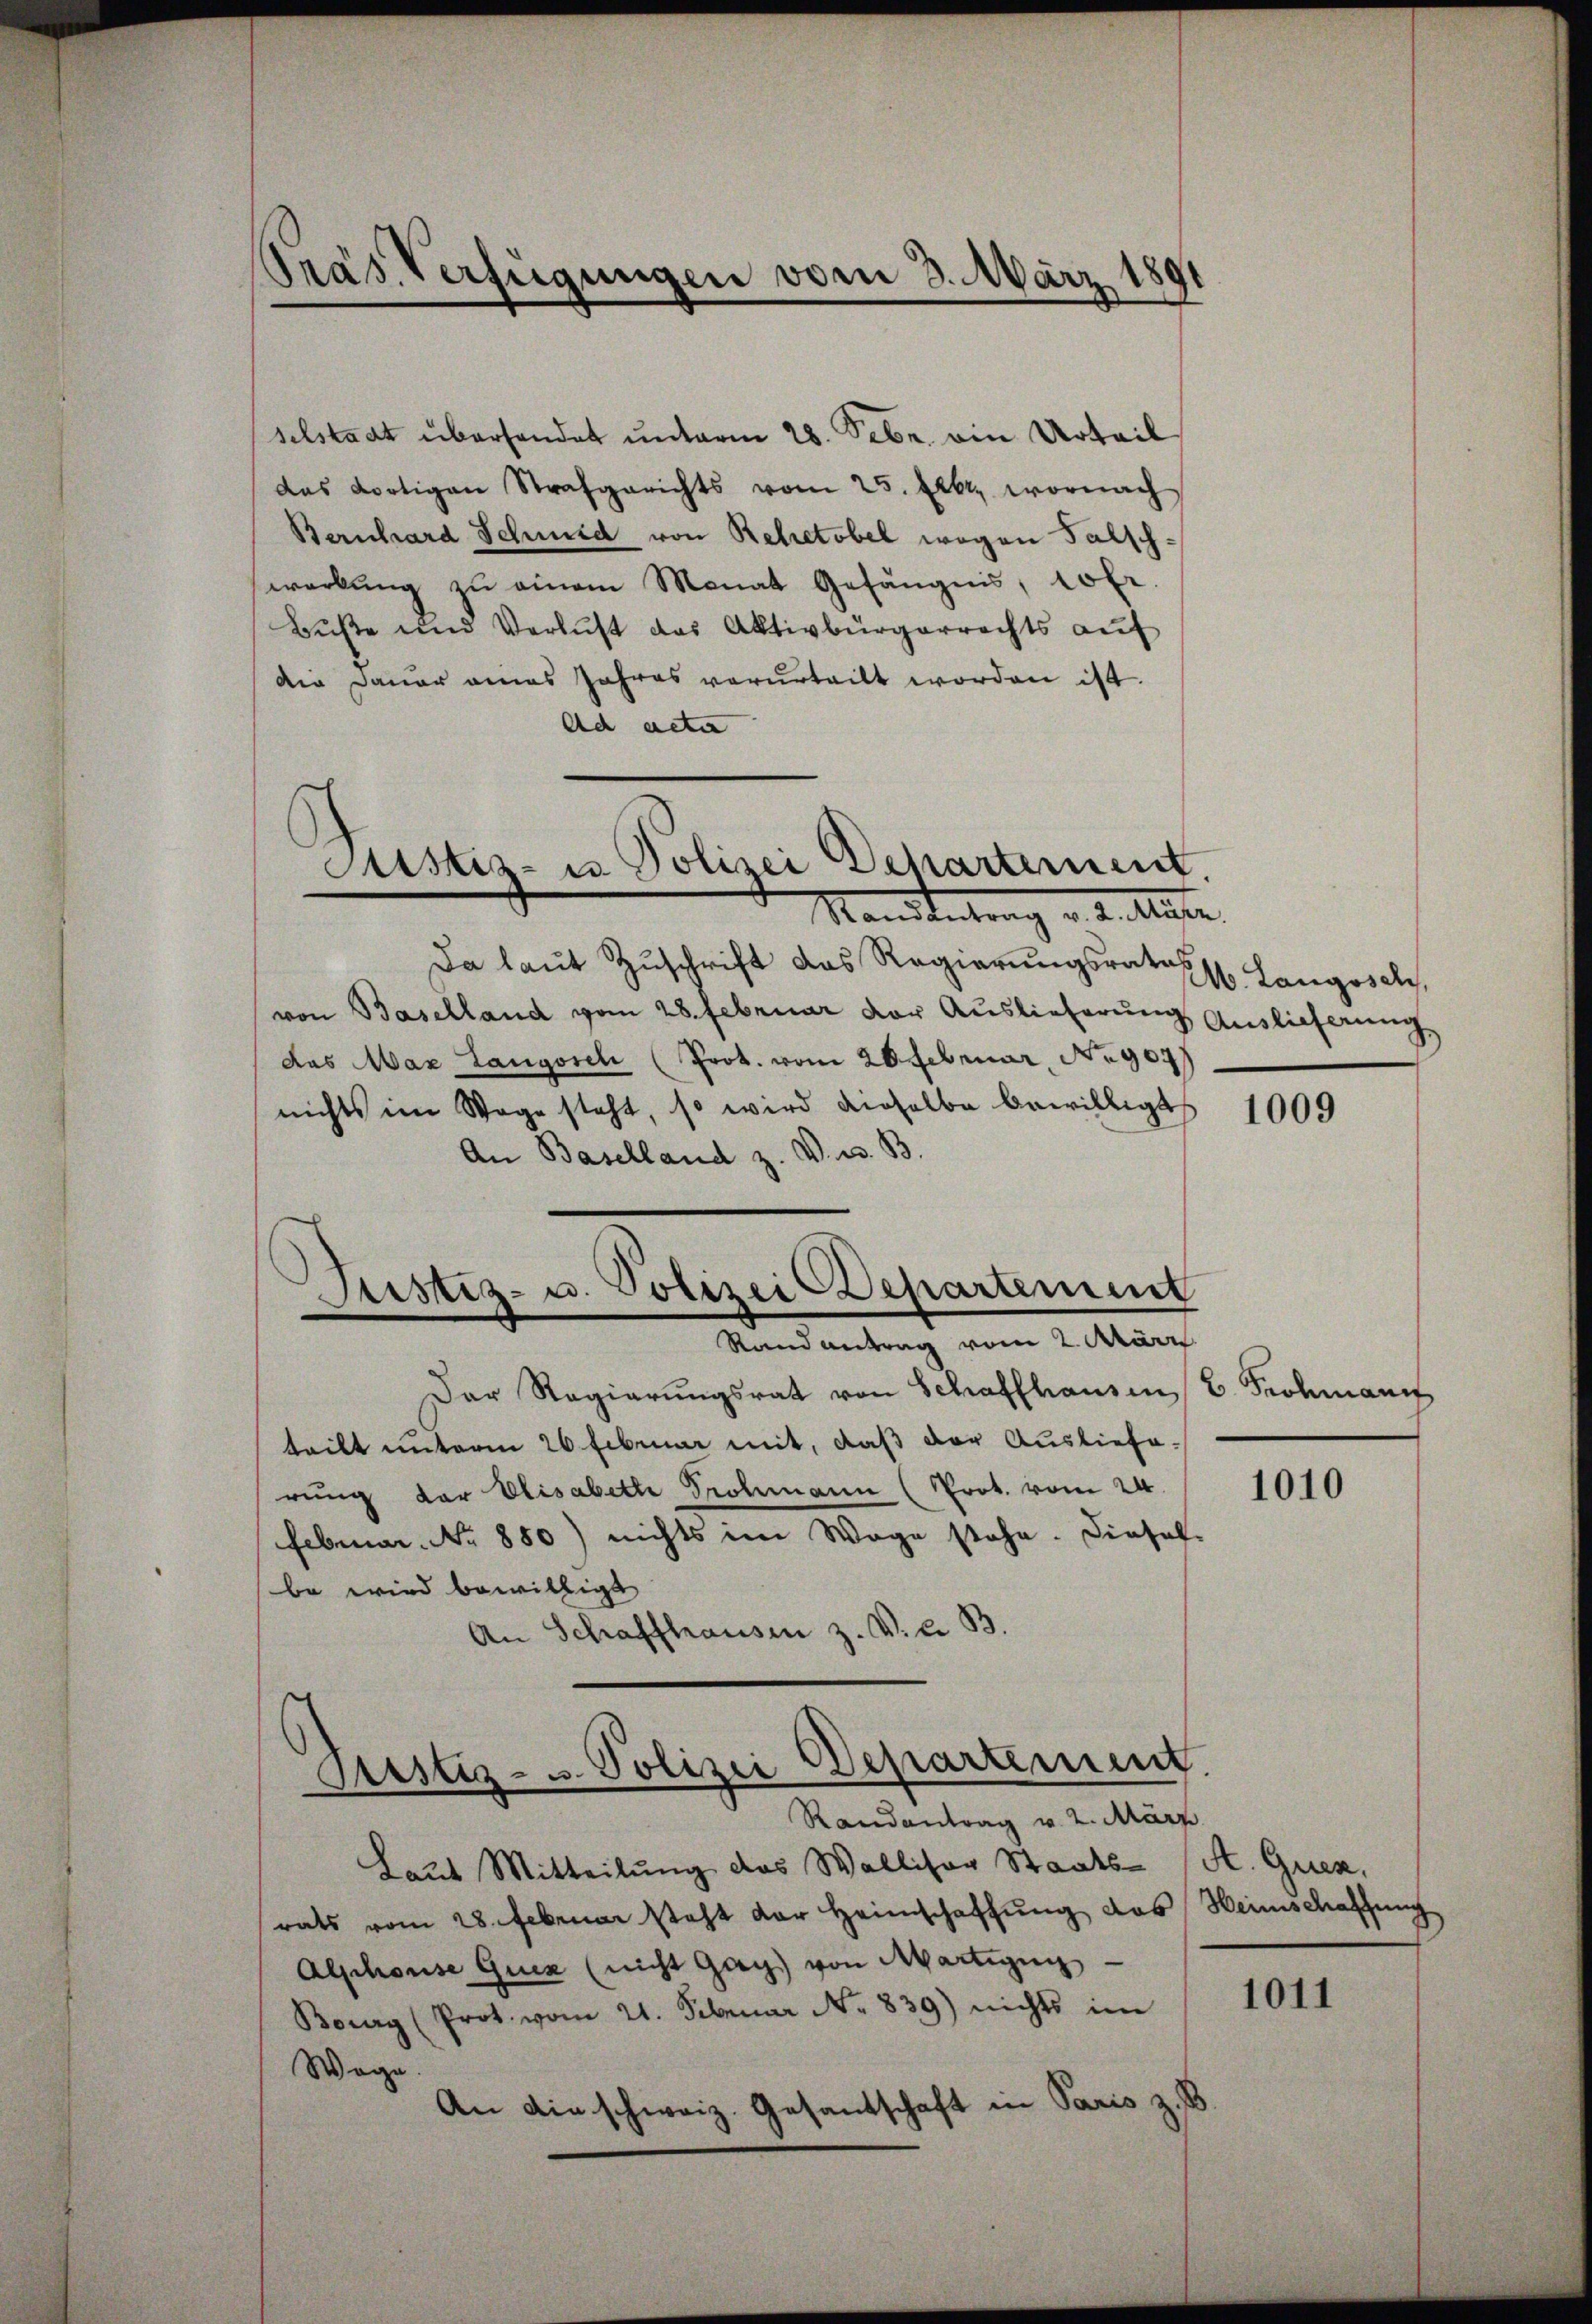
Präs. Verfügungen vom 3. März 1891

selstadt überhandet unterm 28. Febr. ein Urteil
das dortigen Strafgerichts vom 25. Febr. wornach
Bernhard Schmid von Rehretobel wegen Falschwerbŭng zŭ einem Monat Gefängnis, 10 fr.
Bŭβe und Verlust das Aktivbürgerrechts aŭf
Die Dauer eines Jahres verurteilt worden ist.
Ad acta
Justiz- u Polizei Departement.
Mandantung v. 4. Mater

Da laŭt Zŭschrift das Regierŭngsrates Langosch,
von Baselland vom 28. Februar vor Auslieferung Auslieferung
das Max Langosch (Prot. vom 20. Februar Nr. 904
nichts im Wage steht, so wird derselbe bewilligt
An Baselland z. V. u. B.
Justiz- u. Polizei Departement

Rand antrag vom 2. März

Der Regierungsrat von Schaffhausen / C. Prohmanif
teilt unterm 26. Februar mit, daß der Ausliefe.
rung der Elisabette Prohmann (Prot. vom 24.
Februar. No. 880) nichts im Wage stehe. Diesel-
be wird bewilligt
An Schaffhausen z. V. d. B.

Justiz- u. Polizei Departement
Randantrag v. 2. März

Laut Mitteilung das Walliser Staats- (St. Guen,
rats vom 28. Februar steht der Heimschaffung das Heimschaffung
Alphouse Guiz (nicht Gag) von Martigun
Bourg (Prot. vom 21. Februar N. 839) nichts in
Wage
An die schweiz. Gesantschaft in Paris z. B.

1009

1010

1011